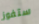
ستفوز